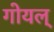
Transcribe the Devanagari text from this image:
गोयल्